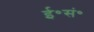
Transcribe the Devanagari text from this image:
ई॰सं॰